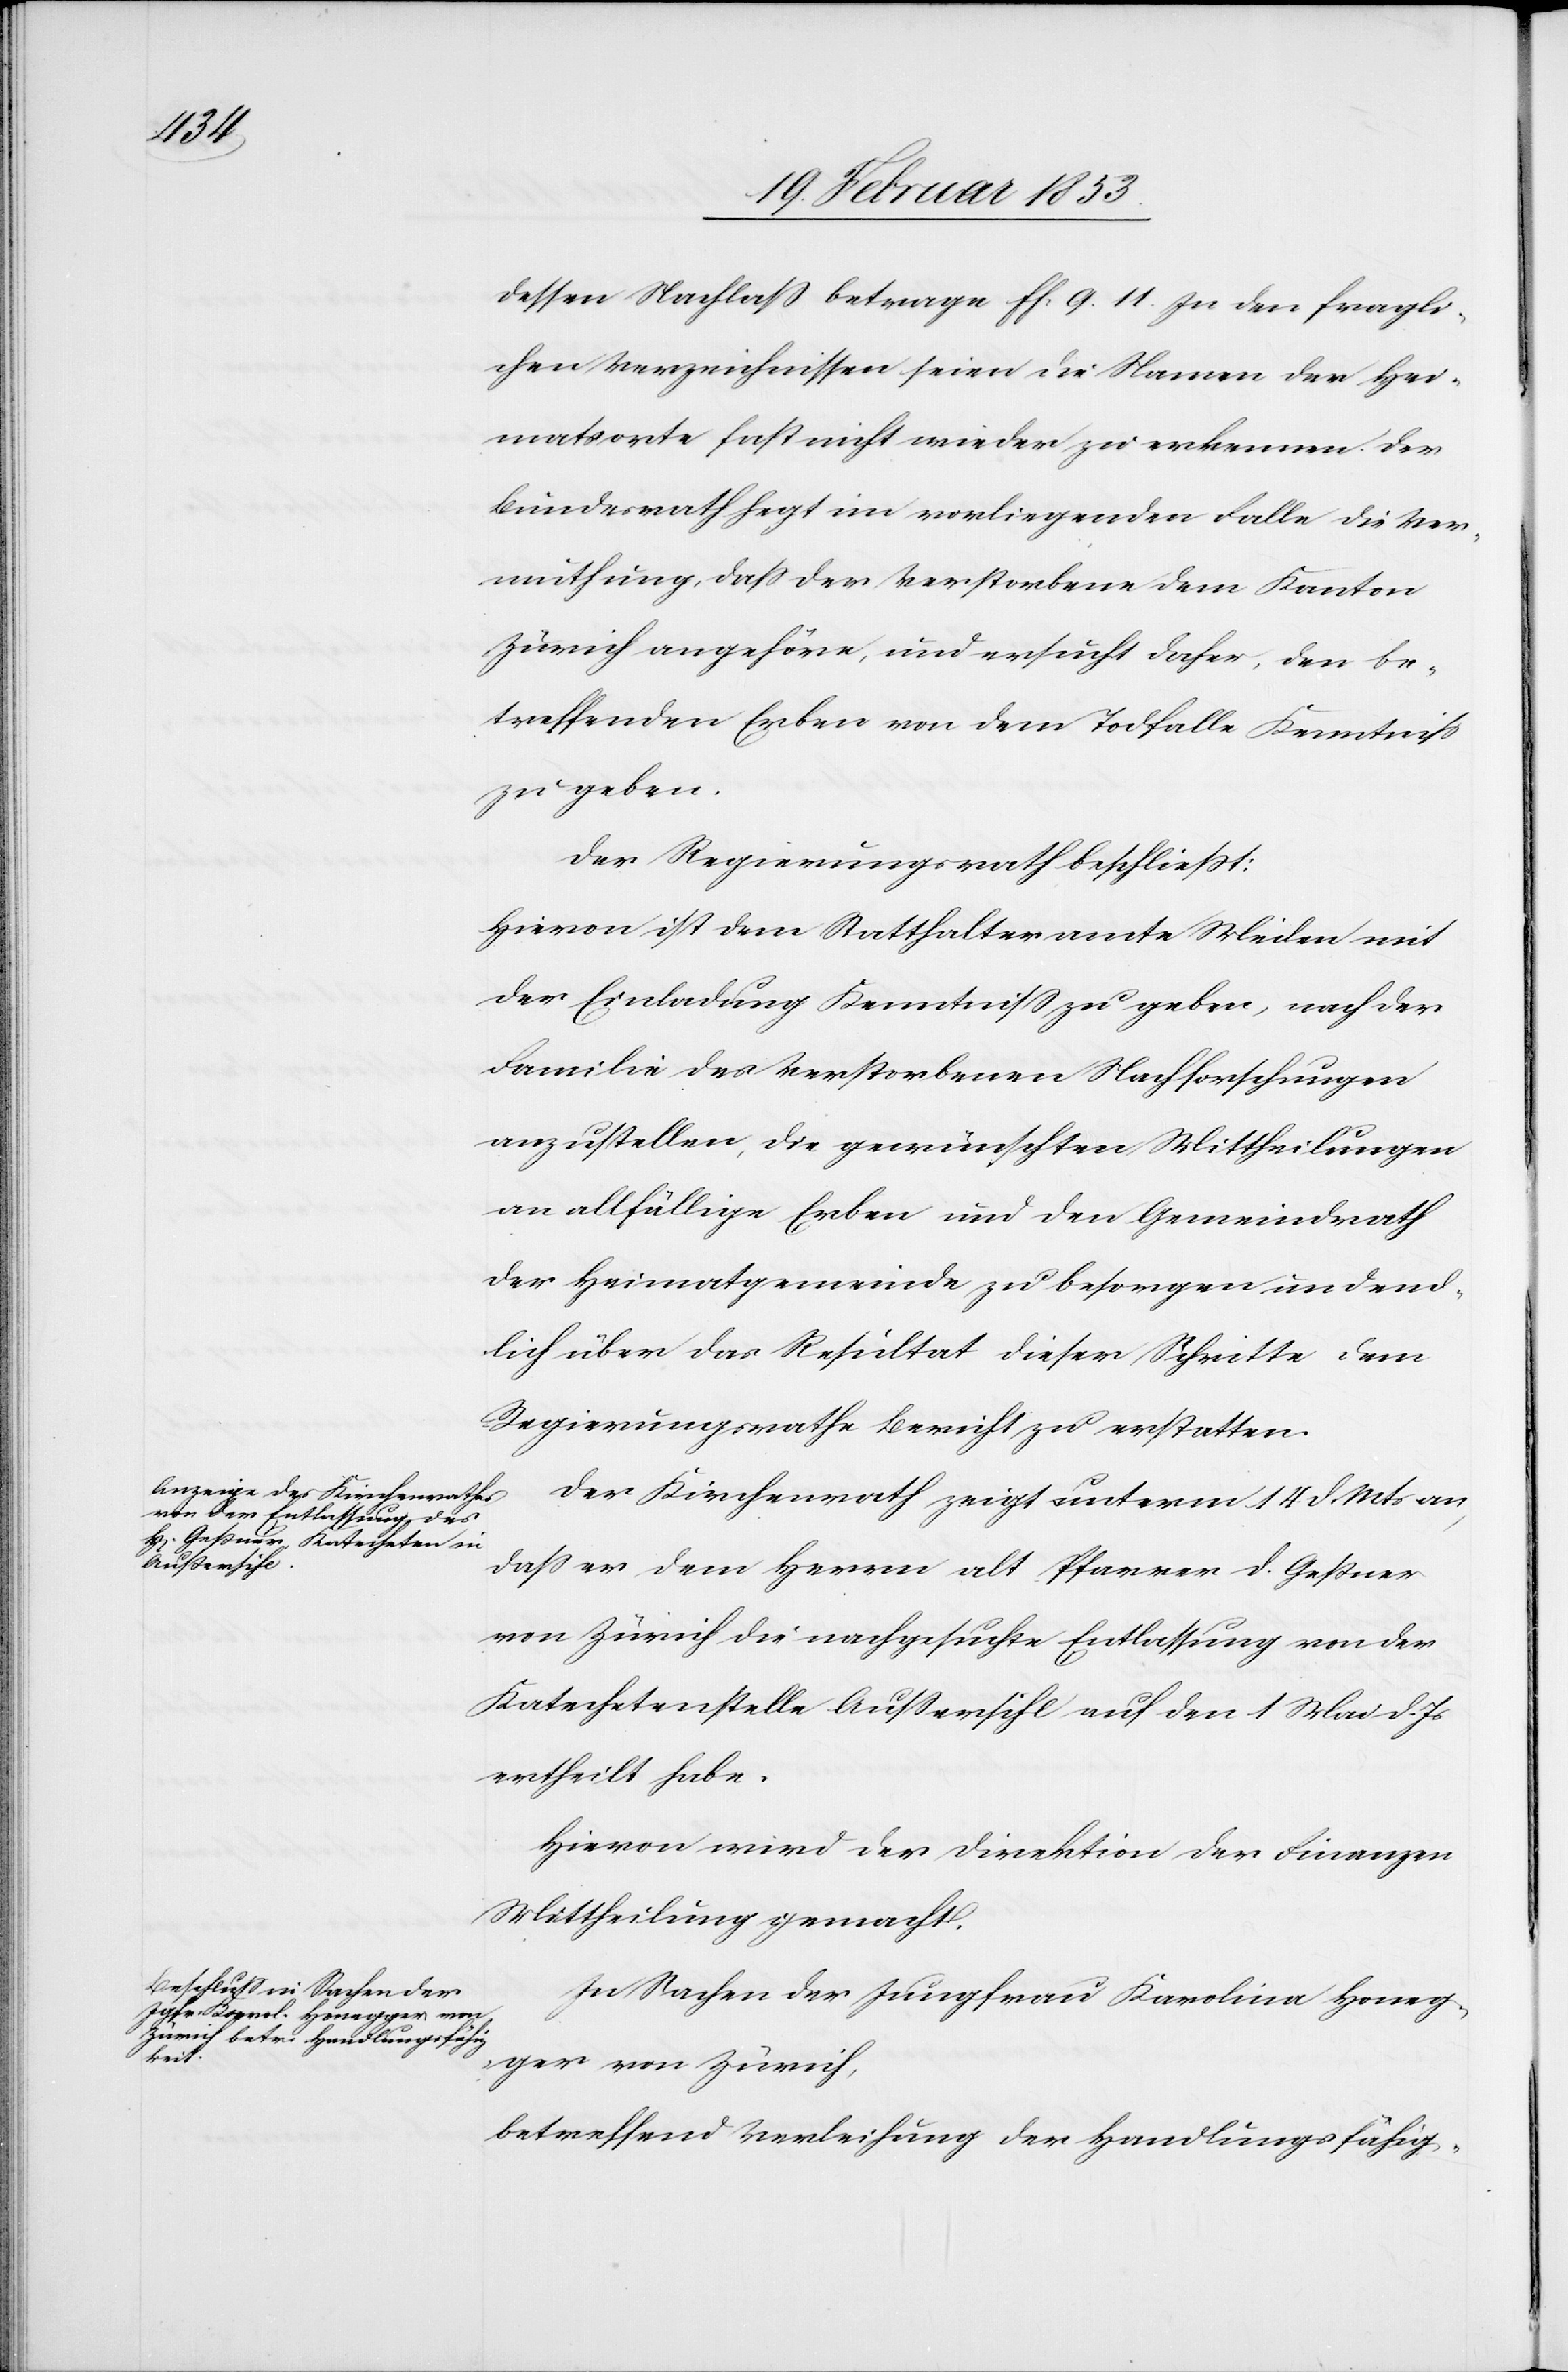
dessen Nachlaß betrage ff. 9. 11. In den fragli¬
chen Verzeichnissen seien die Namen der Hei¬
matsorte fast nicht wieder zu erkennen. Der
Bundesrath hegt im vorliegenden Falle die Ver¬
muthung, daß der Verstorbene dem Kanton
Zürich angehöre, und ersucht daher, den be¬
treffenden Erben von dem Todfalle Kenntniß
zu geben.
Der Regierungsrath beschließt:
Hievon ist dem Statthalteramte Meilen mit
der Einladung Kenntniß zu geben, nach der
Familie des Verstorbenen Nachforschungen
anzustellen, die gewünschten Mittheilungen
an allfällige Erben und den Gemeindrath
der Heimatgemeinde zu besorgen und end¬
lich über das Resultat dieser Schritte dem
Regierungsrathe Bericht zu erstatten.
Der Kirchenrath zeigt unterm 14 d. Mts. an,
daß er dem Herrn alt Pfarrer Geßner
von Zürich die nachgesuchte Entlassung von der
Katechetenstelle Außersihl auf den 1 Mai d. Js.
ertheilt habe.
Hievon wird der Direktion der Finanzen
Mittheilung gemacht.
In Sachen der Jungfrau Karolina Honeg¬
ger von Zürich,
betreffend Verleihung der Handlungsfähig-